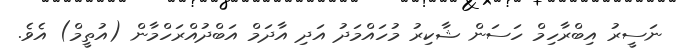
ނަސީރު އިބްރާހިމް ހަސަން ޝާކިރު މުހައްމަދު އަދި އާދަމް އަބްދުއްރަހްމާން (އުތީމް) އެވެ.